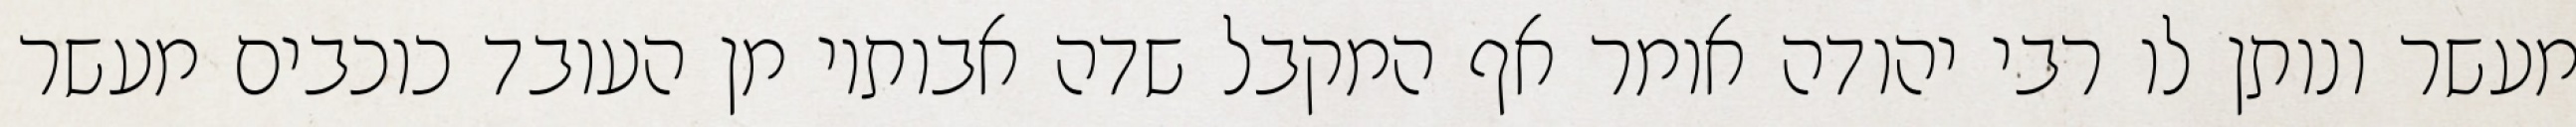
מעשר ונותן לו רבי יהודה אומר אף המקבל שדה אבותיו מן העובד כוכבים מעשר